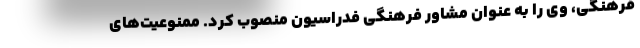
فرهنگی، وی را به عنوان مشاور فرهنگی فدراسیون منصوب کرد. ممنوعیت‌های